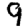
Digit: 9